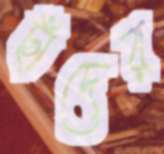
ছাঁদের